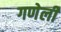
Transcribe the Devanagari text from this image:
गणेली